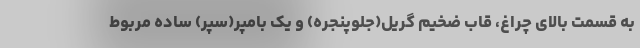
به قسمت بالای چراغ، قاب ضخیم گریل(جلوپنجره) و یک بامپر(سپر) ساده مربوط